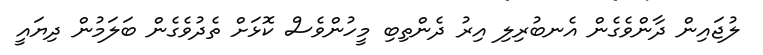
ލުޖައިން ދާންވެގެން އެނބުރިލި އިރު ދެންތިބި މީހުންވެސް ކޮޅަށް ތެދުވެގެން ބަލަމުން ދިޔައީ